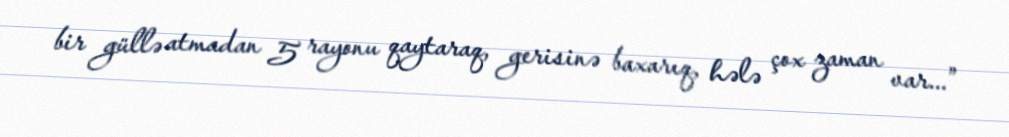
bir güllə atmadan 5 rayonu qaytaraq, gerisinə baxarıq, hələ çox zaman var...”